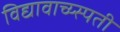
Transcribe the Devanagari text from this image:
विद्यावाच्य्स्पती